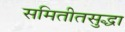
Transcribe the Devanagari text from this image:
समितीतसुद्धा